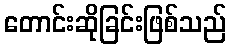
တောင်းဆိုခြင်းဖြစ်သည်